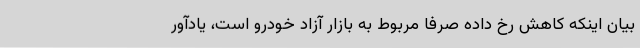
بیان اینکه کاهش رخ داده صرفا مربوط به بازار آزاد خودرو است، یادآور